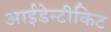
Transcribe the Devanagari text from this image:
आईडेन्टीकिट